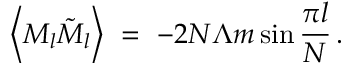
\left\langle M _ { l } \tilde { M } _ { l } \right\rangle \ = \ - 2 N \Lambda m \sin \frac { \pi l } { N } \, .